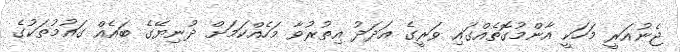
ޖެނުއަރީ މަހަކީ އާންމުގޮތެއްގައި ވަރީގެ އަދަދު އިތުރުވާ މަހެއްކަމަށް ދުނިޔޭގެ ބައެއް ގައުމުތަކުގެ